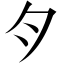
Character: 𱼀